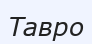
Тавро